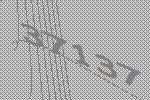
37137